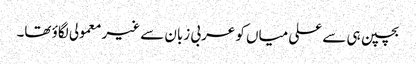
بچپن ہی سے علی میاں کو عربی زبان سے غیر معمولی لگاؤ تھا۔